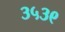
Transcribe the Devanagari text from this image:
३५३९